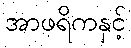
အာဖရိကနှင့်